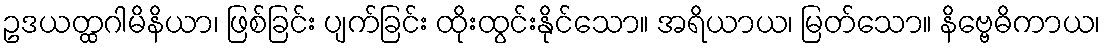
ဥဒယတ္ထဂါမိနိယာ၊ ဖြစ်ခြင်း ပျက်ခြင်း ထိုးထွင်းနိုင်သော။ အရိယာယ၊ မြတ်သော။ နိဗ္ဗေဓိကာယ၊